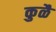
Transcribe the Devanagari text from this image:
कुळै